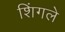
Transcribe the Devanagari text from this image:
शिंगले